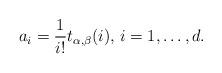
LaTeX: \begin{align*}a_i = \frac{1}{i!}t_{\alpha,\beta}(i), \, i=1, \dots, d.\end{align*}